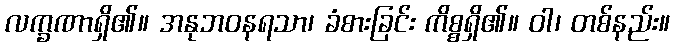
လက္ခဏာရှိ၏။ အနုဘဝနရသာ၊ ခံစားခြင်း ကိစ္စရှိ၏။ ဝါ၊ တစ်နည်း။